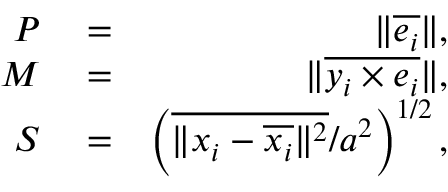
\begin{array} { r l r } { P } & { { } = } & { \| \overline { { \boldsymbol { e } _ { i } } } \| , } \\ { M } & { { } = } & { \| \overline { { \boldsymbol { y } _ { i } \times \boldsymbol { e } _ { i } } } \| , } \\ { S } & { { } = } & { \left( \overline { { \| \boldsymbol { x } _ { i } - \overline { { \boldsymbol { x } _ { i } } } \| ^ { 2 } } } / a ^ { 2 } \right) ^ { 1 / 2 } , } \end{array}